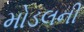
મોડલની